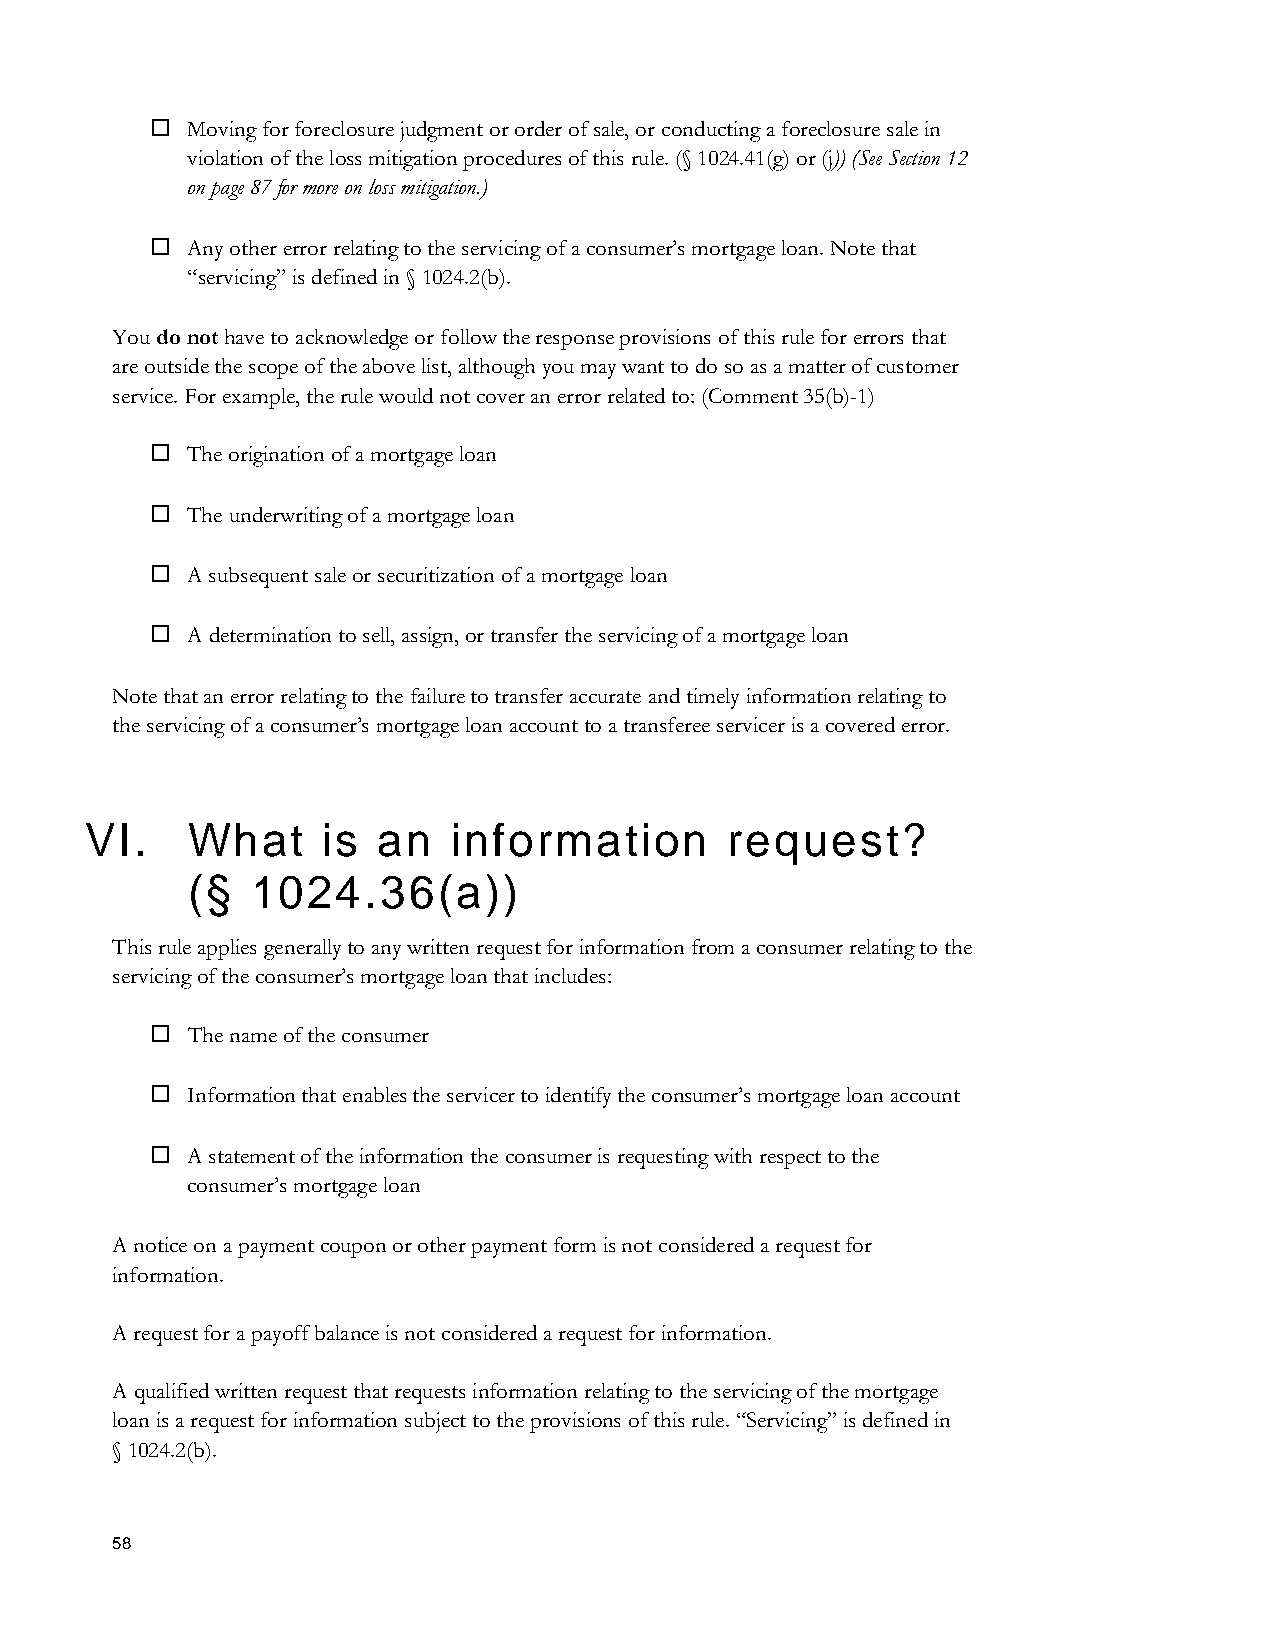
 Moving for foreclosure judgment or order of sale, or conducting a foreclosure sale in
 violation of the loss mitigation procedures of this rule. (§ 1024.41(g) or (j)) (See Section 12
 on page 87 for more on loss mitigation.)
  Any other error relating to the servicing of a consumer’s mortgage loan. Note that
 “servicing” is defined in § 1024.2(b).
 You do not have to acknowledge or follow the response provisions of this rule for errors that
 are outside the scope of the above list, although you may want to do so as a matter of customer
 service. For example, the rule would not cover an error related to: (Comment 35(b)-1)
  The origination of a mortgage loan
  The underwriting of a mortgage loan
  A subsequent sale or securitization of a mortgage loan
  A determination to sell, assign, or transfer the servicing of a mortgage loan
 Note that an error relating to the failure to transfer accurate and timely information relating to
 the servicing of a consumer’s mortgage loan account to a transferee servicer is a covered error.
 VI.   What     is  an   information       request?
 (§   1024.36(a))
 This rule applies generally to any written request for information from a consumer relating to the
 servicing of the consumer’s mortgage loan that includes:
  The name of the consumer
  Information that enables the servicer to identify the consumer’s mortgage loan account
  A statement of the information the consumer is requesting with respect to the
 consumer’s mortgage loan
 A notice on a payment coupon or other payment form is not considered a request for
 information.
 A request for a payoff balance is not considered a request for information.
 A qualified written request that requests information relating to the servicing of the mortgage
 loan is a request for information subject to the provisions of this rule. “Servicing” is defined in
 § 1024.2(b).
 58